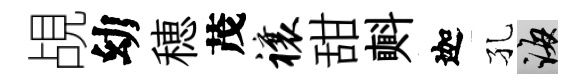
覘幼穂茂禳甜㪺迦孔誨